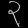
Digit: ၃